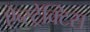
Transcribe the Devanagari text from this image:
ऐब्स्ट्रेक्टिस